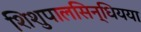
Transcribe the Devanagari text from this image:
शिशुपालसिन्धियया